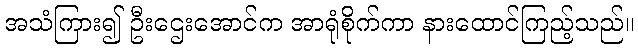
အသံကြား၍ ဦးဌေးအောင်က အာရုံစိုက်ကာ နားထောင်ကြည့်သည်။